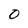
Character: O